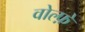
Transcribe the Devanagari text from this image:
वोल्फ़े